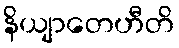
နိယျာတေဟီတိ